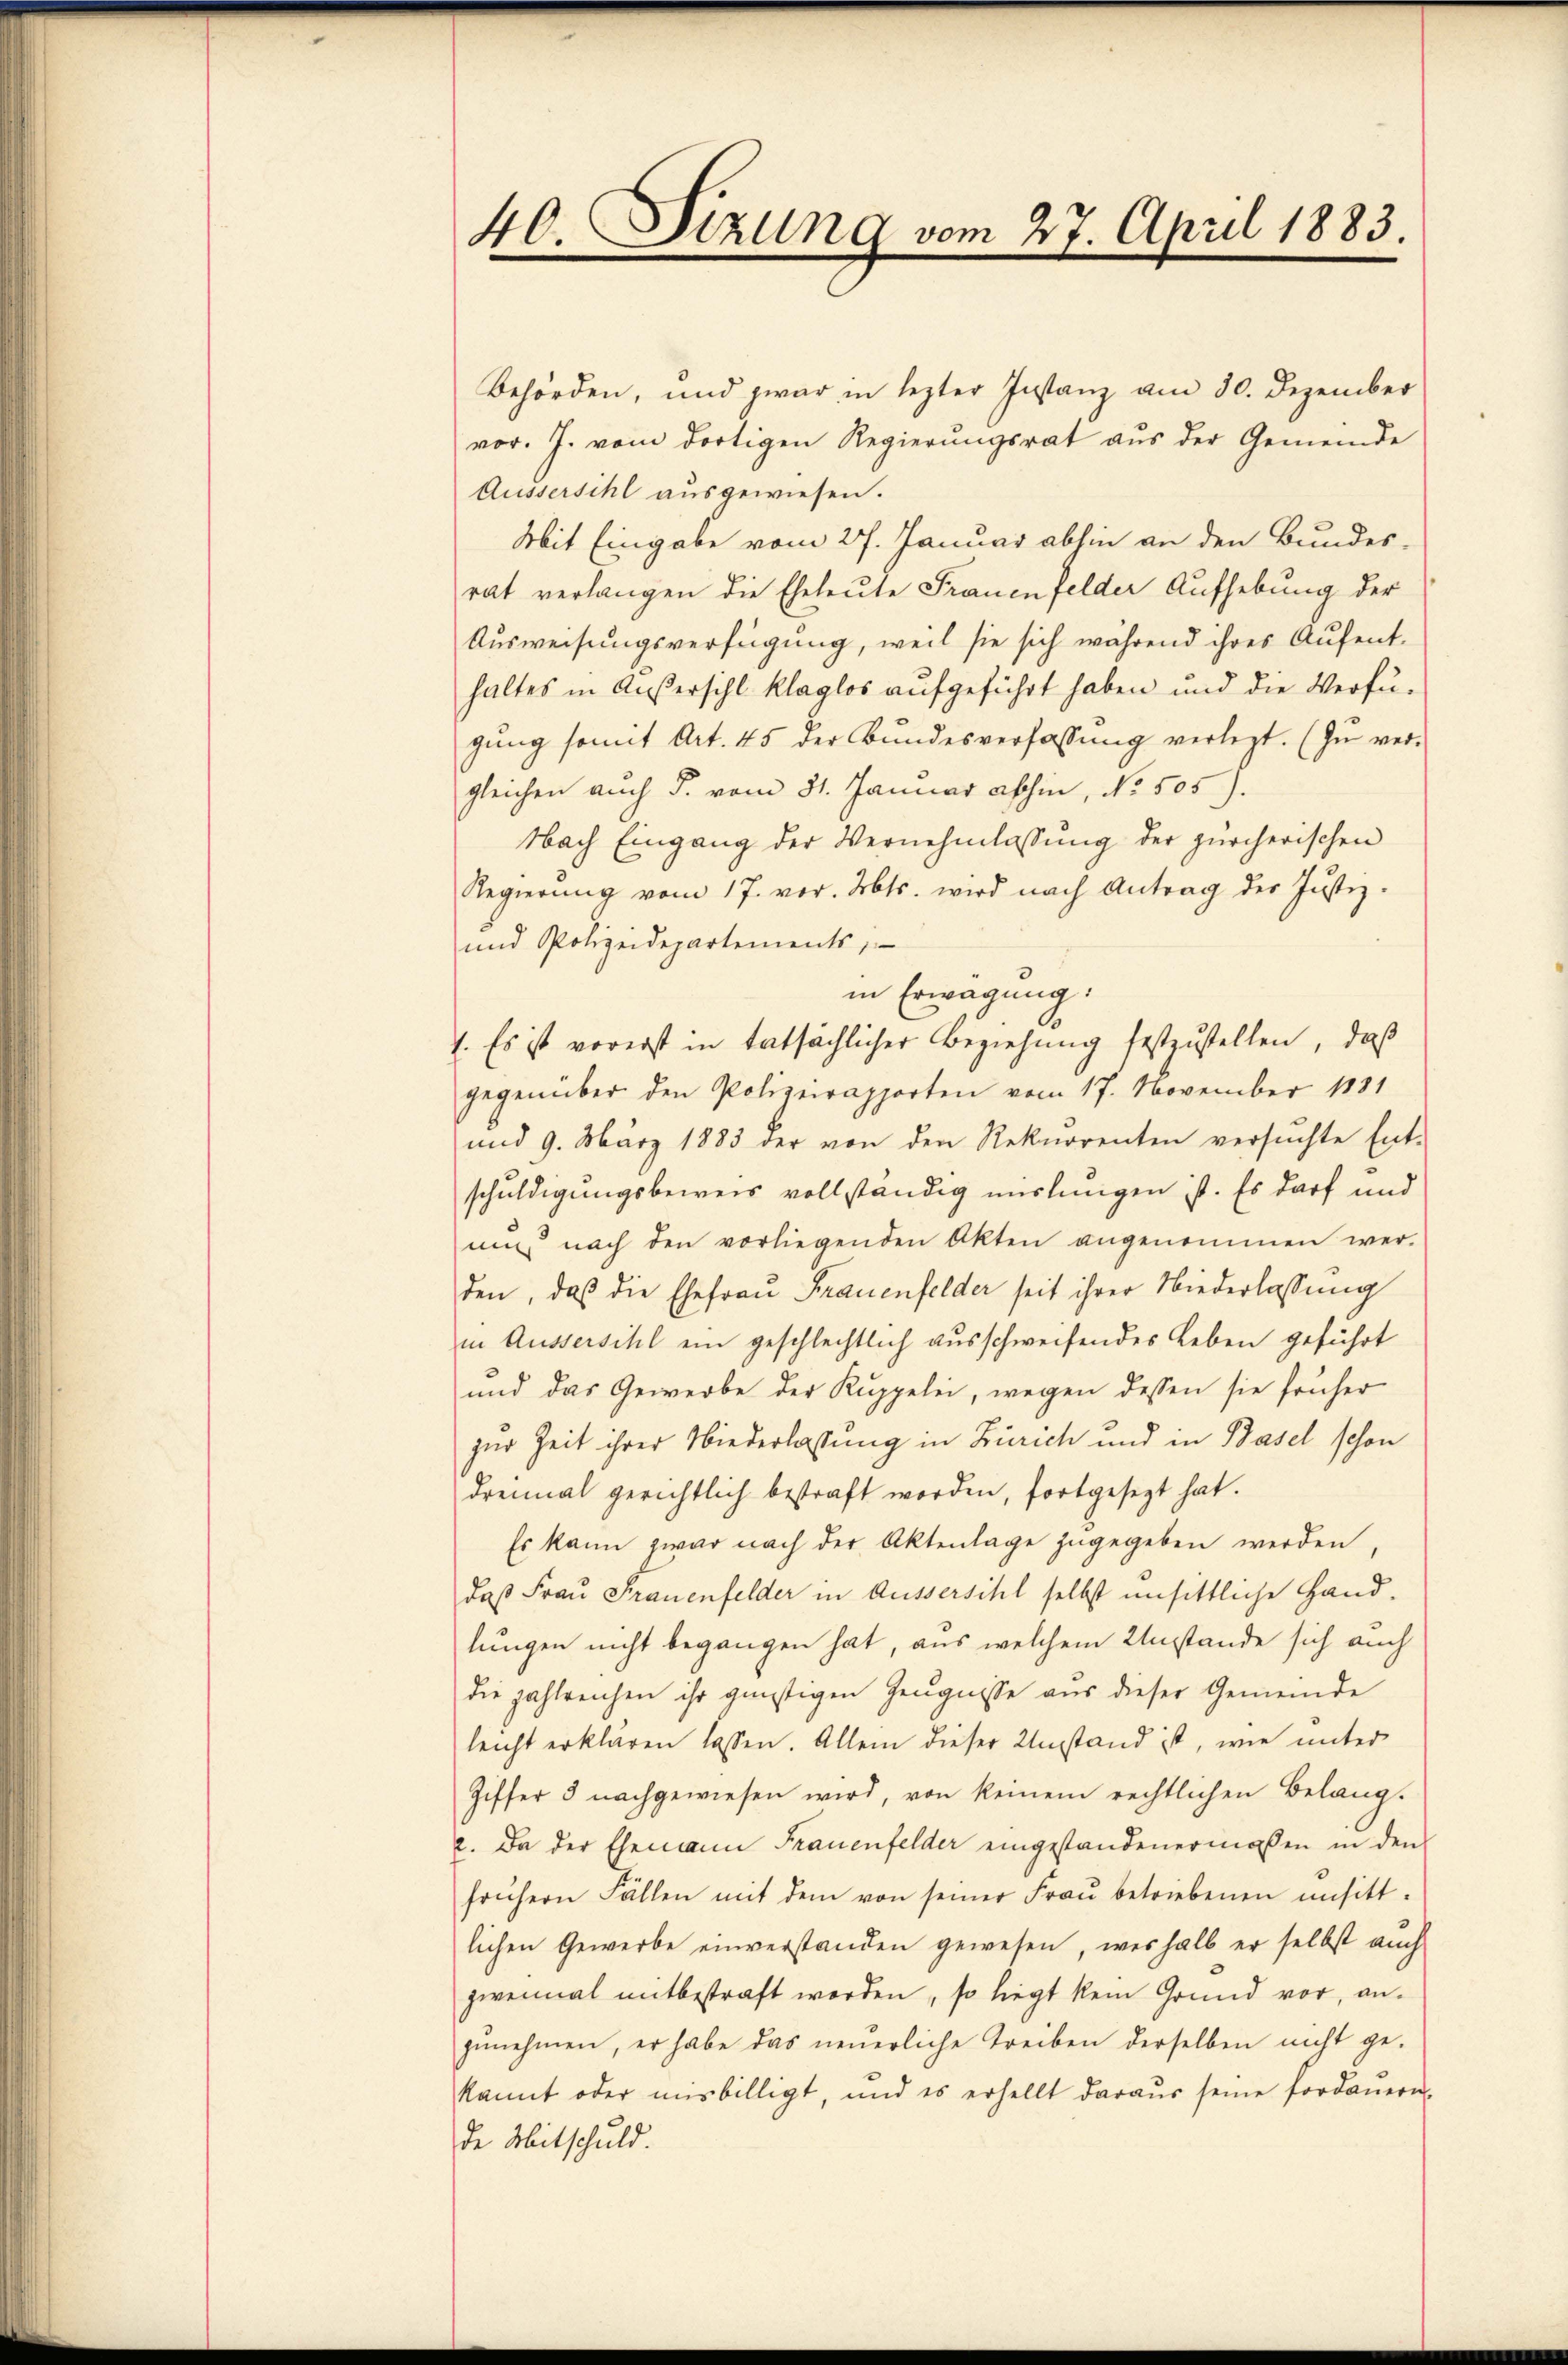
40. Sizung vom 27. April 1883.

Behörden, und zwar in lezter Instanz am 30. Dezember
vor. J. vom dortigen Regierŭngsrat aus der Gemeinde
Äussersihl ausgewiesen.
Mit Eingabe vom 27. Januar abhin an den Bundes-
rat verlangen die Eheleute Frauenfelder Aufhebung der
Ausweisungsverfügung, weil sie sich während ihres Aufenthaltes in Außersihl klaglos aufgeführt haben und die Verfü-
gŭng somit Art. 45 der Bŭndesverfassŭng verlegt. (Zŭ ver-
gleichen auch §. vom 31. Januar abhin, No. 505 f.
Nach Eingang der Vernehmlassŭng der zürcherischen
Regierŭng vom 17. vor. Mts. wird nach Antrag der Justiz-
und Polizeidepartements,
in Erwägung.
1. Es ist vorerst in tatsächlicher Beziehung festzustellen, daβ
gegenüber den Polizeirapporten vom 17. November 1881
und 9. März 1883 der von den Rekurrenten versŭchte Ent-
schuldigungsbeweis vollständig mislingen ist. Es darf und
ni nach den vorliegenden Akten angenommen wer-
den, daß die Ehefrau Frauenfelder seit ihrer Niederlassung
in Äussersihl ein geschlechtlich ausschweifendes Leben geführt
und das Gewerbe der Kuppelei, wegen dessen sie früher
zur Zeit ihrer Niederlassung in Zürich und in Basel schon
dreimal gerichtlich bestraft worden, fortgesezt hat.
Es kann zwar nach der Aktenlage zugegeben werden,
daß Frau Frauenfelder in Aussersihl selbst unsittliche Hand-
lungen nicht begangen hat, aus welchem Umstände sich auch
die zahlreichen ihr günstigen Zeugnisse aus dieser Gemeinde
leicht erklären lassen. Allein dieser Umstand ist, wie unter
Ziffer 3 nachgewiesen wird, von keinem rechtlichen Belang.
2. Da der Ehemann Frauenfelder eingestandenermaßen in den
frühern Fällen mit dem von seiner Fraŭ betriebenen unsitt-
lichen Gewerbe einverstanden gewesen, weshalb er selbst auch
zweimal mitbestraft worden, so liegt kein Grund vor, an-
zŭnehmen, er habe das neŭerliche Treiben derselben nicht ge-
kannt oder misbilligt, und es erhellt daraŭs seine fordaŭern-
de Mitschuld.